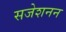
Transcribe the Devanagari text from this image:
सजेशनन